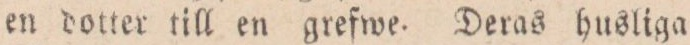
en dotter till en grefwe. Deras husliga